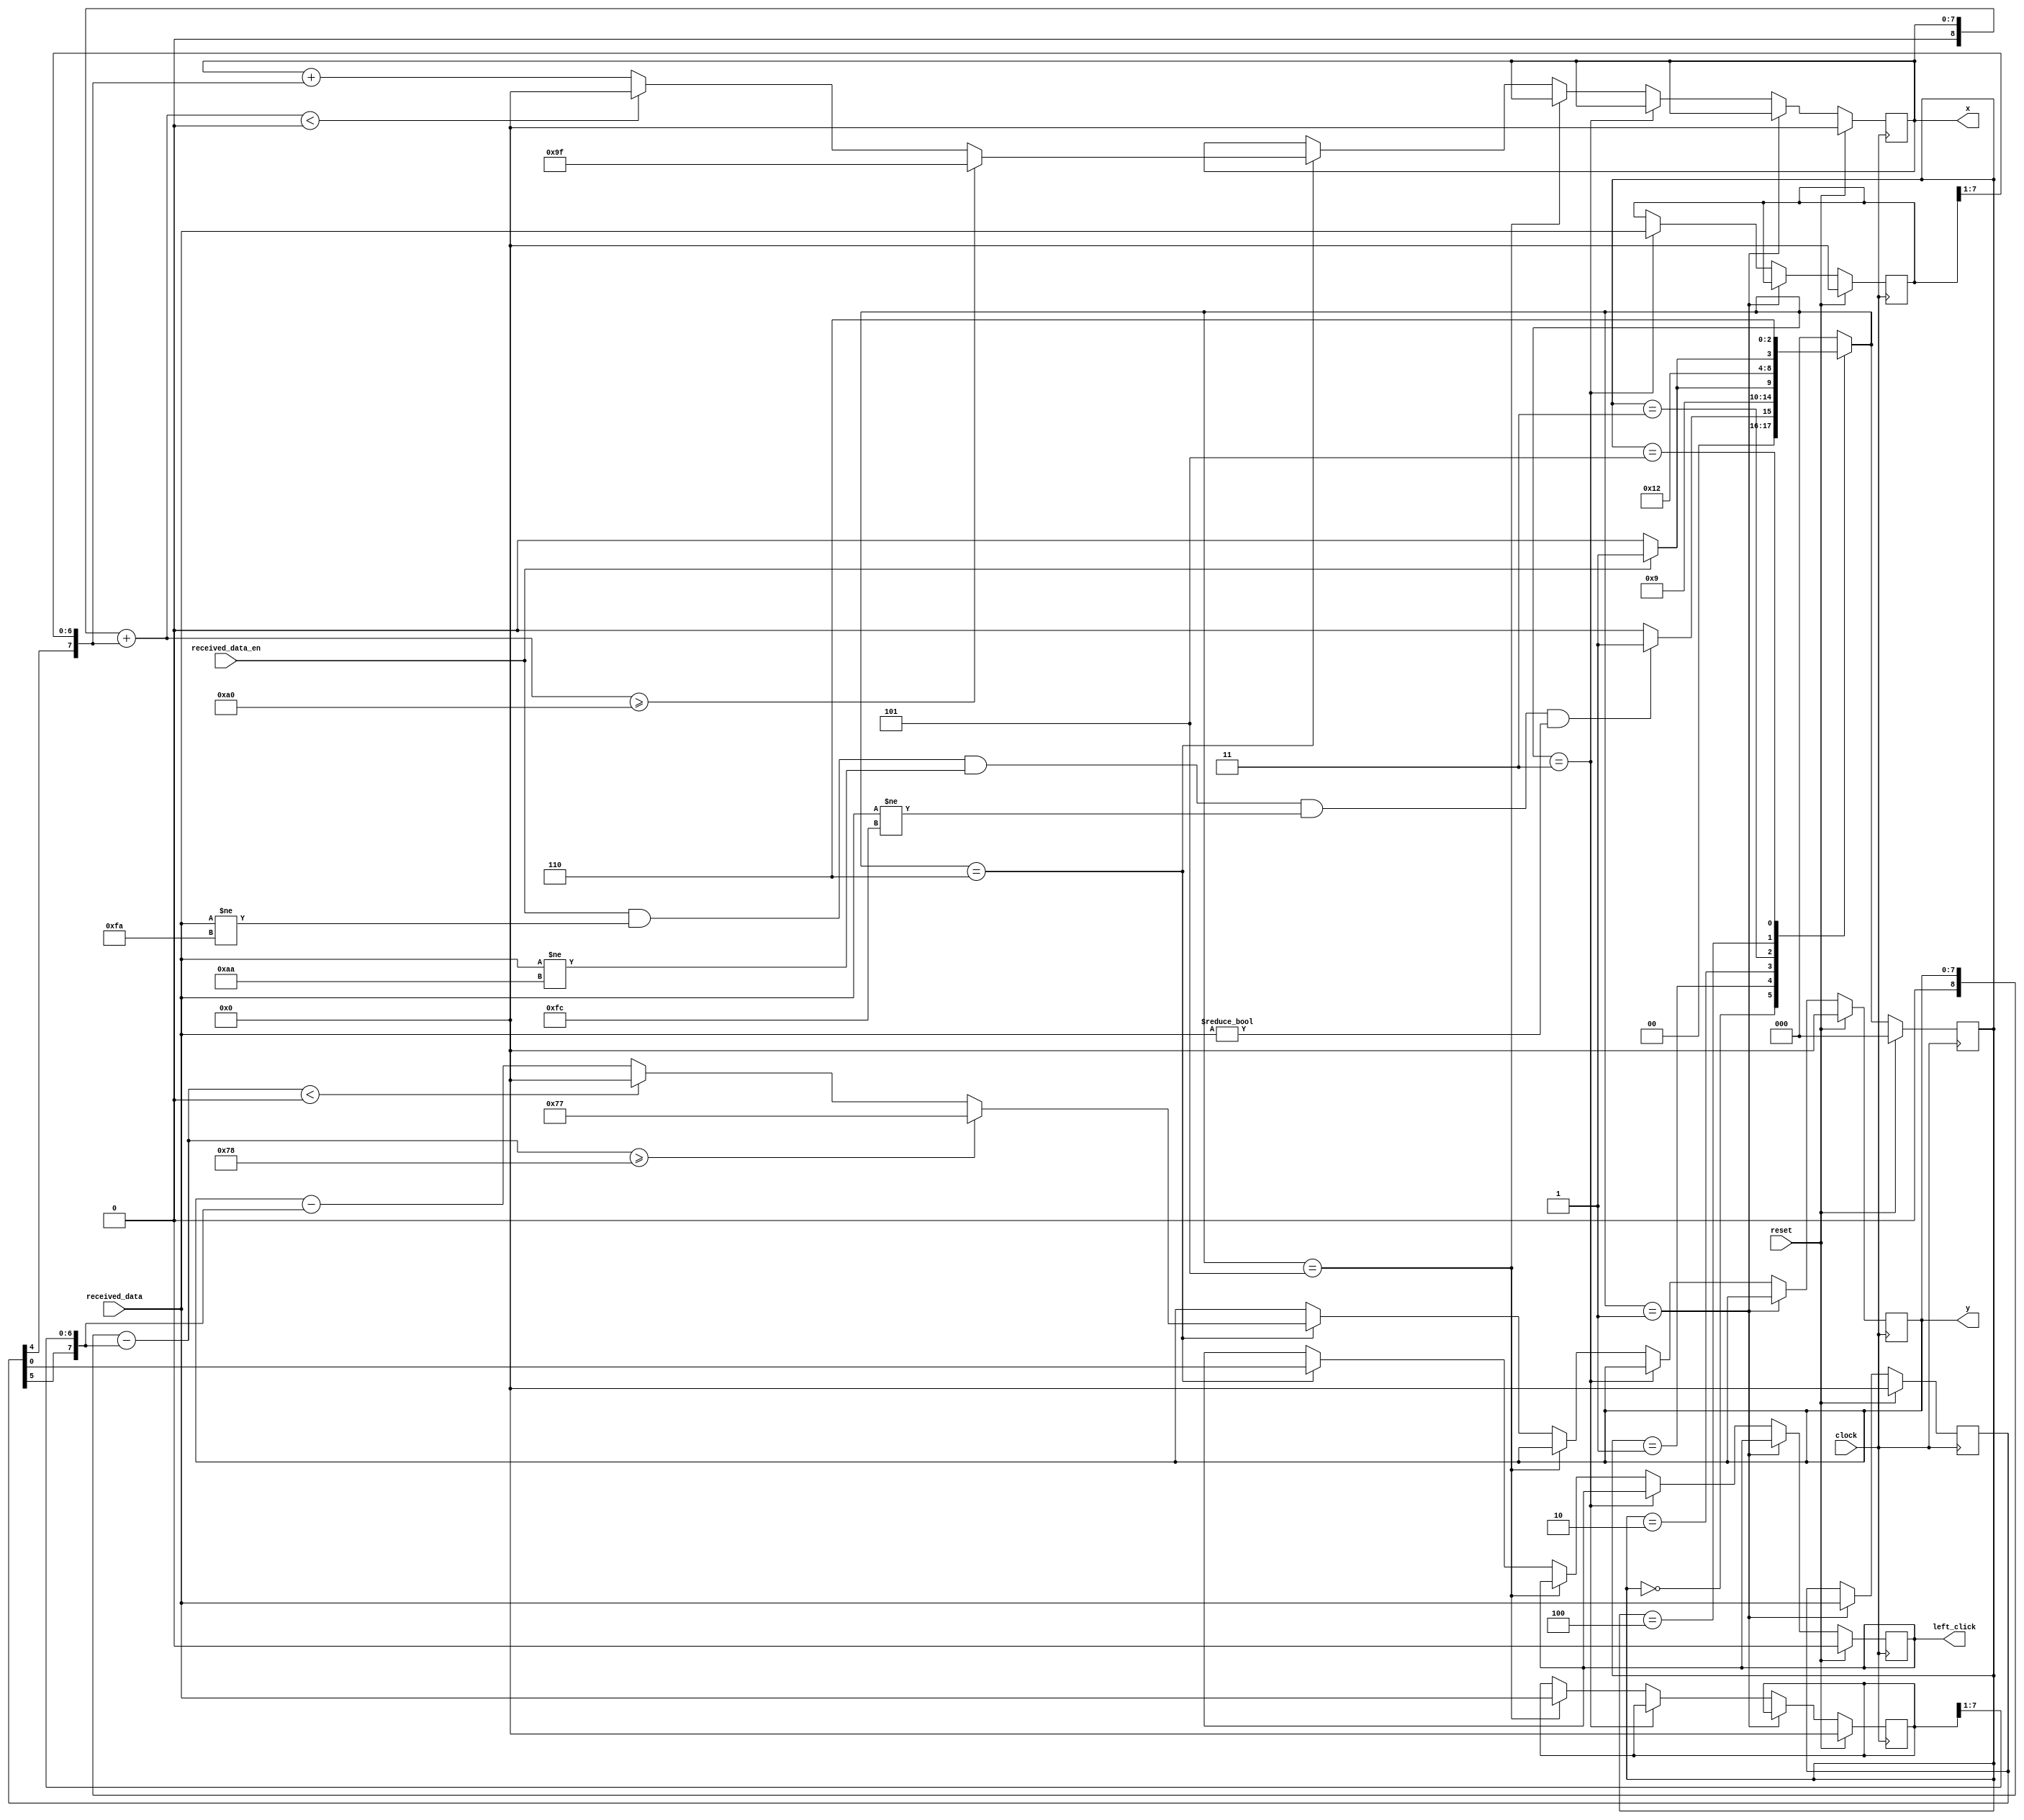
`timescale 10ns / 10ns


module mouse(clock, reset,
				received_data, received_data_en,
				x, y, left_click);

	localparam WIDTH = 160, HEIGHT = 120, BYTE_WIDTH = 8;
	localparam XY_WIDTH = 8;		// without sign bit
	localparam DELTA_SHIFT = 1;	// to adjust speed of recorded movement

	input clock, reset;
	input [7:0] received_data;
	input received_data_en;
	output reg [XY_WIDTH - 1 : 0] x, y;
	output reg left_click;
	
	
	
	localparam	WAIT_0	= 3'b000,
					BYTE_0	= 3'b001,
					WAIT_1	= 3'b010,
					BYTE_1	= 3'b011,
					WAIT_2	= 3'b100,
					BYTE_2	= 3'b101,
					PROCESS	= 3'b110;
	
	reg [2:0] current_state, next_state;
	reg [BYTE_WIDTH - 1 : 0] byte0, byte1, byte2;
	
	
	always @(*) begin
		case (current_state)
//			WAIT_0:	next_state = received_data_en ? BYTE_0 : WAIT_0;
			WAIT_0:	next_state = (received_data_en && received_data != 8'hFA && received_data != 8'hAA && received_data != 8'hFC && received_data != 8'h00) ? BYTE_0 : WAIT_0;
//			BYTE_0:	next_state = received_data_en ? BYTE_1 : WAIT_1;
			BYTE_0:	next_state = WAIT_1;
//			BYTE_0:	next_state = BYTE_1;
			WAIT_1:	next_state = received_data_en ? BYTE_1 : WAIT_1;
//			BYTE_1:	next_state = received_data_en ? BYTE_2 : WAIT_2;
			BYTE_1:	next_state = WAIT_2;
//			BYTE_1:	next_state = BYTE_2;
			WAIT_2:	next_state = received_data_en ? BYTE_2 : WAIT_2;
			BYTE_2:	next_state = PROCESS;
			PROCESS:	next_state = WAIT_0;
			default:	next_state = WAIT_0;
		endcase
	end
	
	
	always @(posedge clock) begin
		if (reset) begin
			x <= 0;
			y <= 0;
			left_click <= 0;
			
			byte0 <= 0;
			byte1 <= 0;
			byte2 <= 0;
			
			current_state <= WAIT_0;
		end
		
		
		else begin
			current_state <= next_state;
			
			if (next_state == BYTE_0) begin
				byte0 <= received_data;
			end
			
			else if (next_state == BYTE_1) begin
				byte1 <= received_data;
			end
			
			else if (next_state == BYTE_2) begin
				byte2 <= received_data;
			end
			
			else if (next_state == PROCESS) begin
				// >>> or <<< are signed bit shift
				if (						(	$signed({1'b0, x}) + ($signed({byte0[4], byte1}) >>> DELTA_SHIFT)	) >= WIDTH )
					x <= WIDTH - 1;
				else if (				(	$signed({1'b0, x}) + ($signed({byte0[4], byte1}) >>> DELTA_SHIFT)	) < 0 )
					x <= 0;
				else
					x <= $unsigned		(	$signed({1'b0, x}) + ($signed({byte0[4], byte1}) >>> DELTA_SHIFT)	);
					
					
				if (						(	$signed({1'b0, y}) - ($signed({byte0[5], byte2}) >>> DELTA_SHIFT)	) >= HEIGHT	)
					y <= HEIGHT - 1;
				else if (				(	$signed({1'b0, y}) - ($signed({byte0[5], byte2}) >>> DELTA_SHIFT)	) < 0 )
					y <= 0;
				else
					y <= $unsigned		(	$signed({1'b0, y}) - ($signed({byte0[5], byte2}) >>> DELTA_SHIFT)	);
				
				left_click <= byte0[0];
			end
		end
	end
	
endmodule